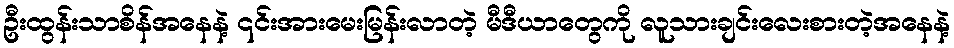
ဦးထွန်းသာစိန်အနေနဲ့ ၎င်းအားမေးမြန်းလာတဲ့ မီဒီယာတွေကို လူသားချင်းလေးစားတဲ့အနေနဲ့